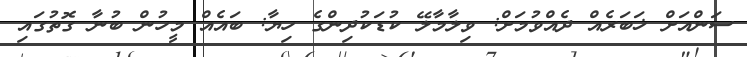
ސަންއަށް ޚަބަރެއް ދެއްވުމަށް: ވިލާމާލޭ ކުޑަކުދިންގެ ހިޔާ: ބައެއް މީހުން ބުނާ ގޮތުގައި